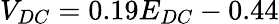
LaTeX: V_{DC}=0.19E_{DC}-0.44